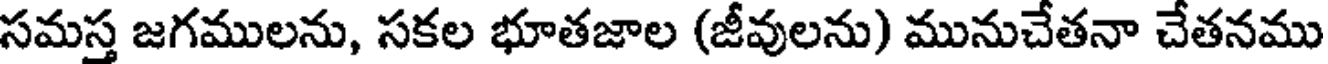
సమస్త జగములను, సకల భూతజాల (జీవులను) మునుచేతనా చేతనము